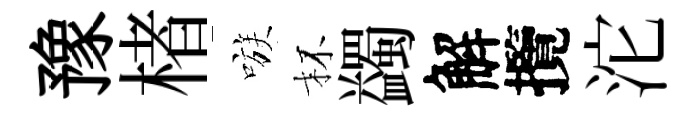
豫楮嗾杯蠲解攬沱